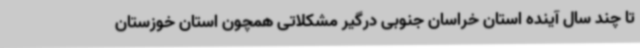
تا چند سال آینده استان خراسان جنوبی درگیر مشکلاتی همچون استان خوزستان